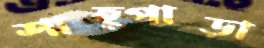
শাহ্পাড়া